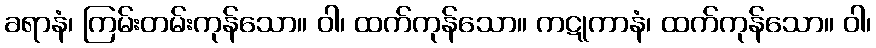
ခရာနံ၊ ကြမ်းတမ်းကုန်သော။ ဝါ၊ ထက်ကုန်သော။ ကဋုကာနံ၊ ထက်ကုန်သော။ ဝါ၊